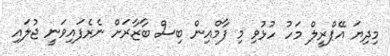
މިދިޔަ އޭޕްރީލް މަހު ހުޅުވި މި ފާމްއިން ބިސް ބާޒާރަށް ނެރެފައިވަނީ ޖުލައި